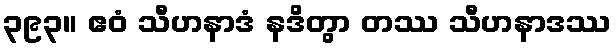
၃၉၃။ ဧဝံ သီဟနာဒံ နဒိတွာ တဿ သီဟနာဒဿ